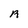
Character: R